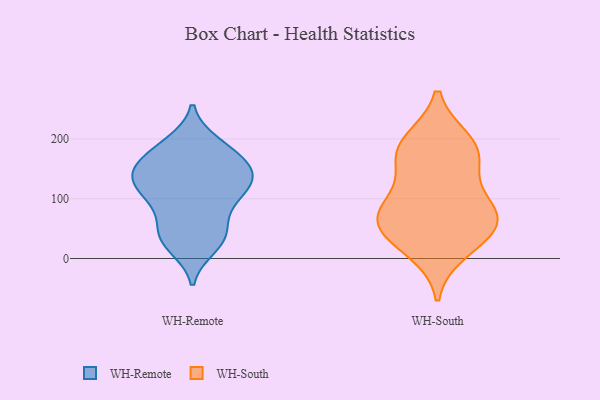
{"axis": {"x": "Shipments", "y": "Value"}, "legend": ["WH-Remote", "WH-South"], "data": [{"x": "", "y": 51, "type": "WH-Remote"}, {"x": "", "y": 30, "type": "WH-Remote"}, {"x": "", "y": 121, "type": "WH-Remote"}, {"x": "", "y": 155, "type": "WH-Remote"}, {"x": "", "y": 156, "type": "WH-Remote"}, {"x": "", "y": 157, "type": "WH-Remote"}, {"x": "", "y": 92, "type": "WH-Remote"}, {"x": "", "y": 122, "type": "WH-Remote"}, {"x": "", "y": 139, "type": "WH-Remote"}, {"x": "", "y": 37, "type": "WH-Remote"}, {"x": "", "y": 150, "type": "WH-Remote"}, {"x": "", "y": 107, "type": "WH-Remote"}, {"x": "", "y": 192, "type": "WH-Remote"}, {"x": "", "y": 20, "type": "WH-Remote"}, {"x": "", "y": 129, "type": "WH-Remote"}, {"x": "", "y": 120, "type": "WH-Remote"}, {"x": "", "y": 80, "type": "WH-Remote"}, {"x": "", "y": 35, "type": "WH-Remote"}, {"x": "", "y": 186, "type": "WH-Remote"}, {"x": "", "y": 185, "type": "WH-Remote"}, {"x": "", "y": 49, "type": "WH-South"}, {"x": "", "y": 93, "type": "WH-South"}, {"x": "", "y": 51, "type": "WH-South"}, {"x": "", "y": 14, "type": "WH-South"}, {"x": "", "y": 86, "type": "WH-South"}, {"x": "", "y": 50, "type": "WH-South"}, {"x": "", "y": 165, "type": "WH-South"}, {"x": "", "y": 195, "type": "WH-South"}, {"x": "", "y": 79, "type": "WH-South"}, {"x": "", "y": 189, "type": "WH-South"}, {"x": "", "y": 167, "type": "WH-South"}]}